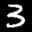
Label: 3